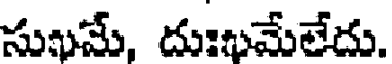
సుఖమే, దుఃఖమేలేదు.